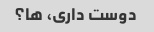
دوست داری، ها؟